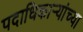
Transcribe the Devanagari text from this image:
पदाधिकार्‍यांच्या